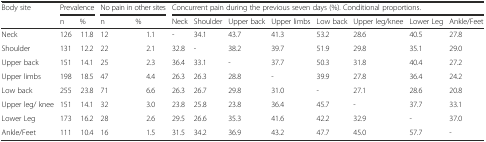
<table><thead><tr><td rowspan="2"><b>Body site</b></td><td colspan="2"><b>Prevalence</b></td><td colspan="2"><b>No pain in other sites</b></td><td colspan="8"><b>Concurrent pain during the previous seven days (%). Conditional proportions.</b></td></tr><tr><td><b>n</b></td><td><b>%</b></td><td><b>n</b></td><td><b>%</b></td><td><b>Neck</b></td><td><b>Shoulder</b></td><td><b>Upper back</b></td><td><b>Upper limbs</b></td><td><b>Low back</b></td><td><b>Upper leg/knee</b></td><td><b>Lower Leg</b></td><td><b>Ankle/Feet</b></td></tr></thead><tbody><tr><td>Neck</td><td>126</td><td>11.8</td><td>12</td><td>1.1</td><td>-</td><td>34.1</td><td>43.7</td><td>41.3</td><td>53.2</td><td>28.6</td><td>40.5</td><td>27.8</td></tr><tr><td>Shoulder</td><td>131</td><td>12.2</td><td>22</td><td>2.1</td><td>32.8</td><td>-</td><td>38.2</td><td>39.7</td><td>51.9</td><td>29.8</td><td>35.1</td><td>29.0</td></tr><tr><td>Upper back</td><td>151</td><td>14.1</td><td>25</td><td>2.3</td><td>36.4</td><td>33.1</td><td>-</td><td>37.7</td><td>50.3</td><td>31.8</td><td>40.4</td><td>27.2</td></tr><tr><td>Upper limbs</td><td>198</td><td>18.5</td><td>47</td><td>4.4</td><td>26.3</td><td>26.3</td><td>28.8</td><td>-</td><td>39.9</td><td>27.8</td><td>36.4</td><td>24.2</td></tr><tr><td>Low back</td><td>255</td><td>23.8</td><td>71</td><td>6.6</td><td>26.3</td><td>26.7</td><td>29.8</td><td>31.0</td><td>-</td><td>27.1</td><td>28.6</td><td>20.8</td></tr><tr><td>Upper leg/ knee</td><td>151</td><td>14.1</td><td>32</td><td>3.0</td><td>23.8</td><td>25.8</td><td>23.8</td><td>36.4</td><td>45.7</td><td>-</td><td>37.7</td><td>33.1</td></tr><tr><td>Lower Leg</td><td>173</td><td>16.2</td><td>28</td><td>2.6</td><td>29.5</td><td>26.6</td><td>35.3</td><td>41.6</td><td>42.2</td><td>32.9</td><td>-</td><td>37.0</td></tr><tr><td>Ankle/Feet</td><td>111</td><td>10.4</td><td>16</td><td>1.5</td><td>31.5</td><td>34.2</td><td>36.9</td><td>43.2</td><td>47.7</td><td>45.0</td><td>57.7</td><td>-</td></tr></tbody></table>